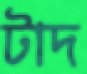
টাদ